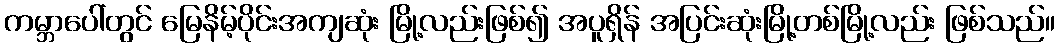
ကမ္ဘာပေါ်တွင် မြေနိမ့်ပိုင်းအကျဆုံး မြို့လည်းဖြစ်၍ အပူရှိန် အပြင်းဆုံးမြို့တစ်မြို့လည်း ဖြစ်သည်။